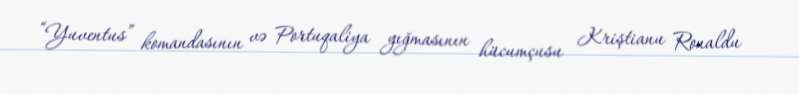
“Yuventus” komandasının və Portuqaliya yığmasının hücumçusu Kriştianu Ronaldu